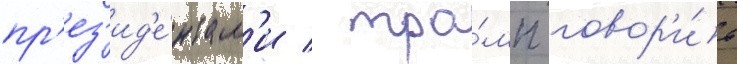
пр'ез'ид'е́нтам'и / тра́мп говор'и́т